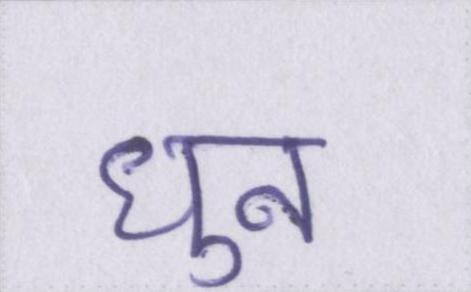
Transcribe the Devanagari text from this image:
धुन